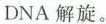
DNA解旋。